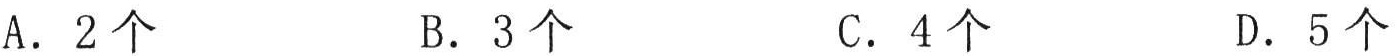
A. \(2个\)  B. \(3个\)  C. \(4个\)  D. \(5个\)